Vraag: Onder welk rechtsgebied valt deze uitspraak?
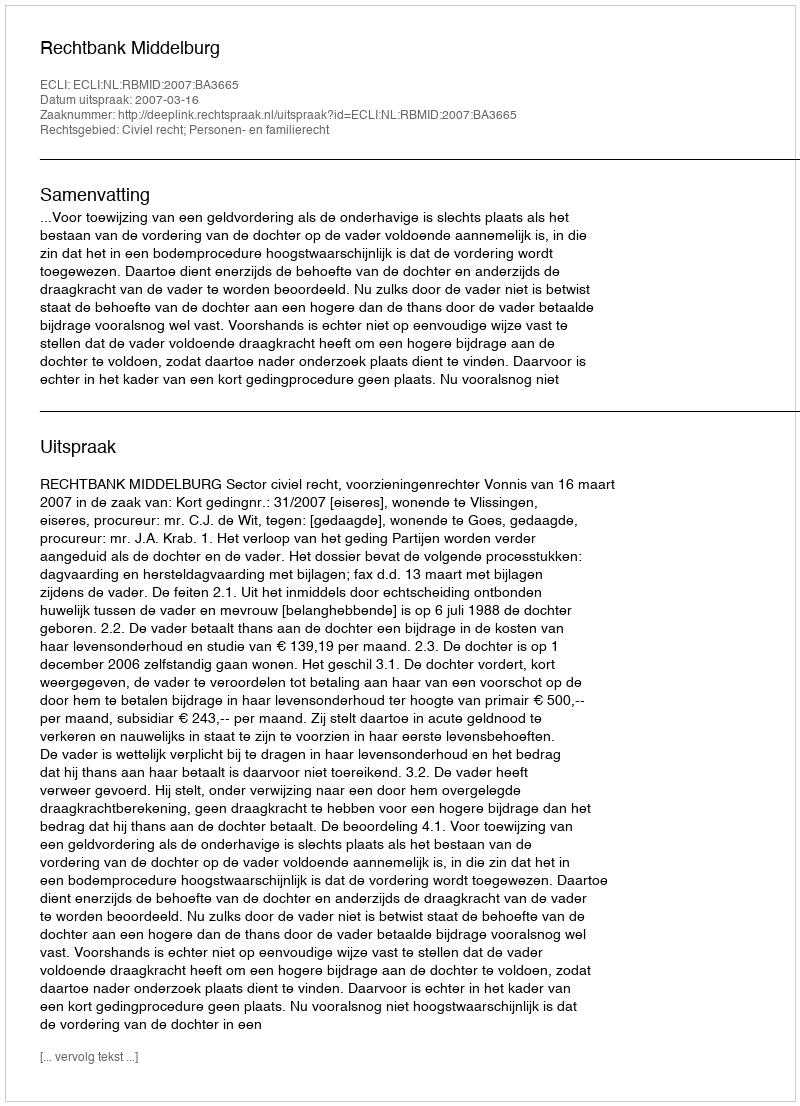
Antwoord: Civiel recht; Personen- en familierecht